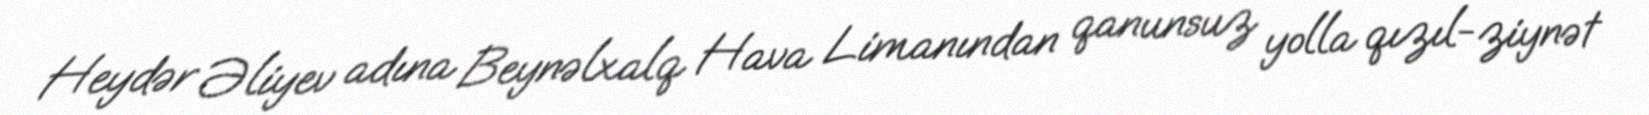
Heydər Əliyev adına Beynəlxalq Hava Limanından qanunsuz yolla qızıl-ziynət